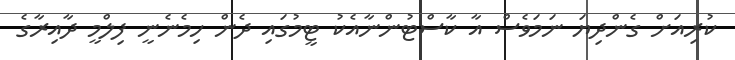
ކުރިއަށް ގެންދިޔަ ނަމަވެސް އާ ކާސްޓުންނާއެކު ޓީމުގައި ދެން ހިމެނެނީ ފިލްމީ ދާއިރާގެ